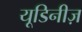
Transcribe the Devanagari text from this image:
यूडिनीज़